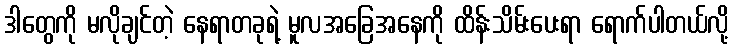
ဒါတွေကို မလိုချင်တဲ့ နေရာတခုရဲ့ မူလအခြေအနေကို ထိန်းသိမ်းပေးရာ ရောက်ပါတယ်လို့